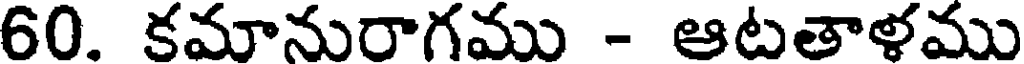
60. కమానురాగము - ఆటతాళము